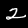
Label: 2